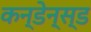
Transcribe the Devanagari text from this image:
कन्डेन्स्ड